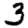
Digit: 3